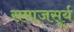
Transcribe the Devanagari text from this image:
समाजसूर्य